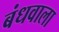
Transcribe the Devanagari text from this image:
बंधवाला